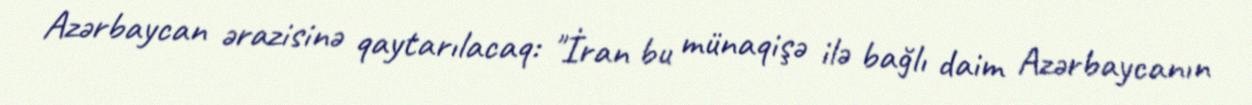
Azərbaycan ərazisinə qaytarılacaq: "İran bu münaqişə ilə bağlı daim Azərbaycanın